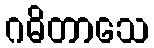
ဂဓိတာသေ